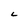
Character: L